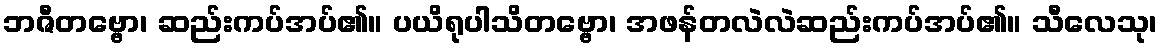
ဘဇီတဗ္ဗော၊ ဆည်းကပ်အပ်၏။ ပယိရုပါသိတဗ္ဗော၊ အဖန်တလဲလဲဆည်းကပ်အပ်၏။ သီလေသု၊